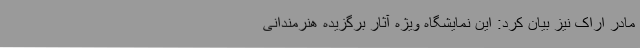
مادر اراک نیز بیان کرد: این نمایشگاه ویژه آثار برگزیده‌ هنرمندانی